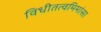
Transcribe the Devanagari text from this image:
विधीतत्वमिमांसा